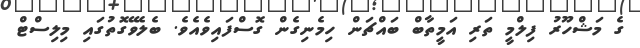
ގެ މަޝްހޫރު ފިލްމީ ތަރި އަމީތާބް ބައްޗަން ހިމެނިގެން ގޮސްފައިވެއެވެ. ބެލެވޭގޮތުގައި މިލިސްޓް